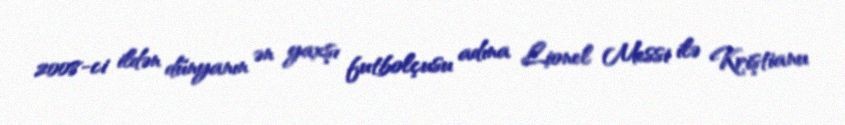
2008-ci ildən dünyanın ən yaxşı futbolçusu adına Lionel Messi ilə Kriştianu